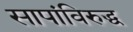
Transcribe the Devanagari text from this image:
सापांविरुद्ध